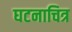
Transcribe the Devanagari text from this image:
घटनाचित्र